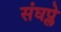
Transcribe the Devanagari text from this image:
संघप्ले